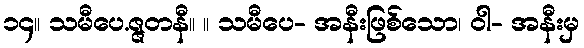
၁၄။ သမီပေ.ဇ္ဇတနီ။ ။ သမီပေ- အနီးဖြစ်သော၊ ဝါ- အနီးမှ